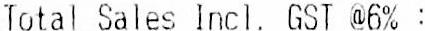
TOTAL SALES INCL. GST @6% :